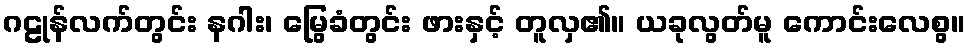
ဂဠုန်လက်တွင်း နဂါး၊ မြွေခံတွင်း ဖားနှင့် တူလှ၏။ ယခုလွတ်မူ ကောင်းလေစွ။